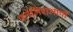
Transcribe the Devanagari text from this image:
फ्लेमिशभाषी